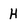
Character: H